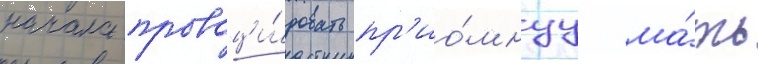
начала провоци́ровать пр'ио́мнуу ма́ть